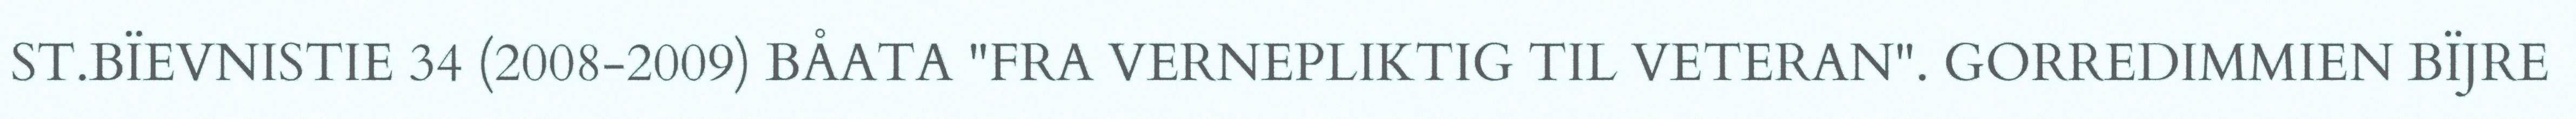
ST.BÏEVNISTIE 34 (2008-2009) BÅATA "FRA VERNEPLIKTIG TIL VETERAN". GORREDIMMIEN BÏJRE